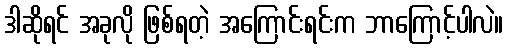
ဒါဆိုရင် အခုလို ဖြစ်ရတဲ့ အကြောင်းရင်းက ဘာကြောင့်ပါလဲ။